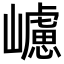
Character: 𡾅